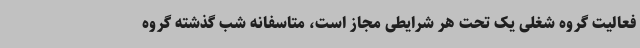
فعالیت گروه شغلی یک تحت هر شرایطی مجاز است، متاسفانه شب گذشته گروه